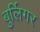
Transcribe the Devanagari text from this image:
बुर्लिगर